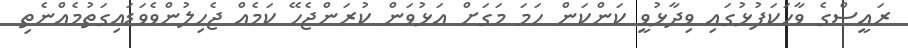
ރައީސްގެ ވާހަކަފުޅުގައި ވިދާޅުވީ ކަންކަން ހަމަ މަގަށް އަޅުވަން ކުރަންޖެހޭ ކަމެއް ޖެހިލުންވެވަޑައިގަތުމެއްނެތި